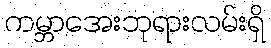
ကမ္ဘာအေးဘုရားလမ်းရှိ